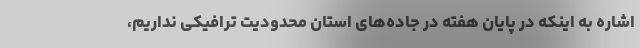
اشاره به اینکه در پایان هفته در جاده‌های استان محدودیت ترافیکی نداریم،